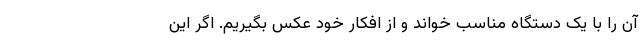
آن را با یک دستگاه مناسب خواند و از افکار خود عکس بگیریم. اگر این